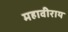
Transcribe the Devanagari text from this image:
महावीराय